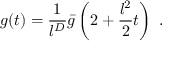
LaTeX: g ( t ) = \frac { 1 } { l ^ { D } } \bar { g } \left( 2 + \frac { l ^ { 2 } } { 2 } t \right) \ .